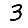
Digit: 3